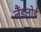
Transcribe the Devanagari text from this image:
लैंडलोर्ड